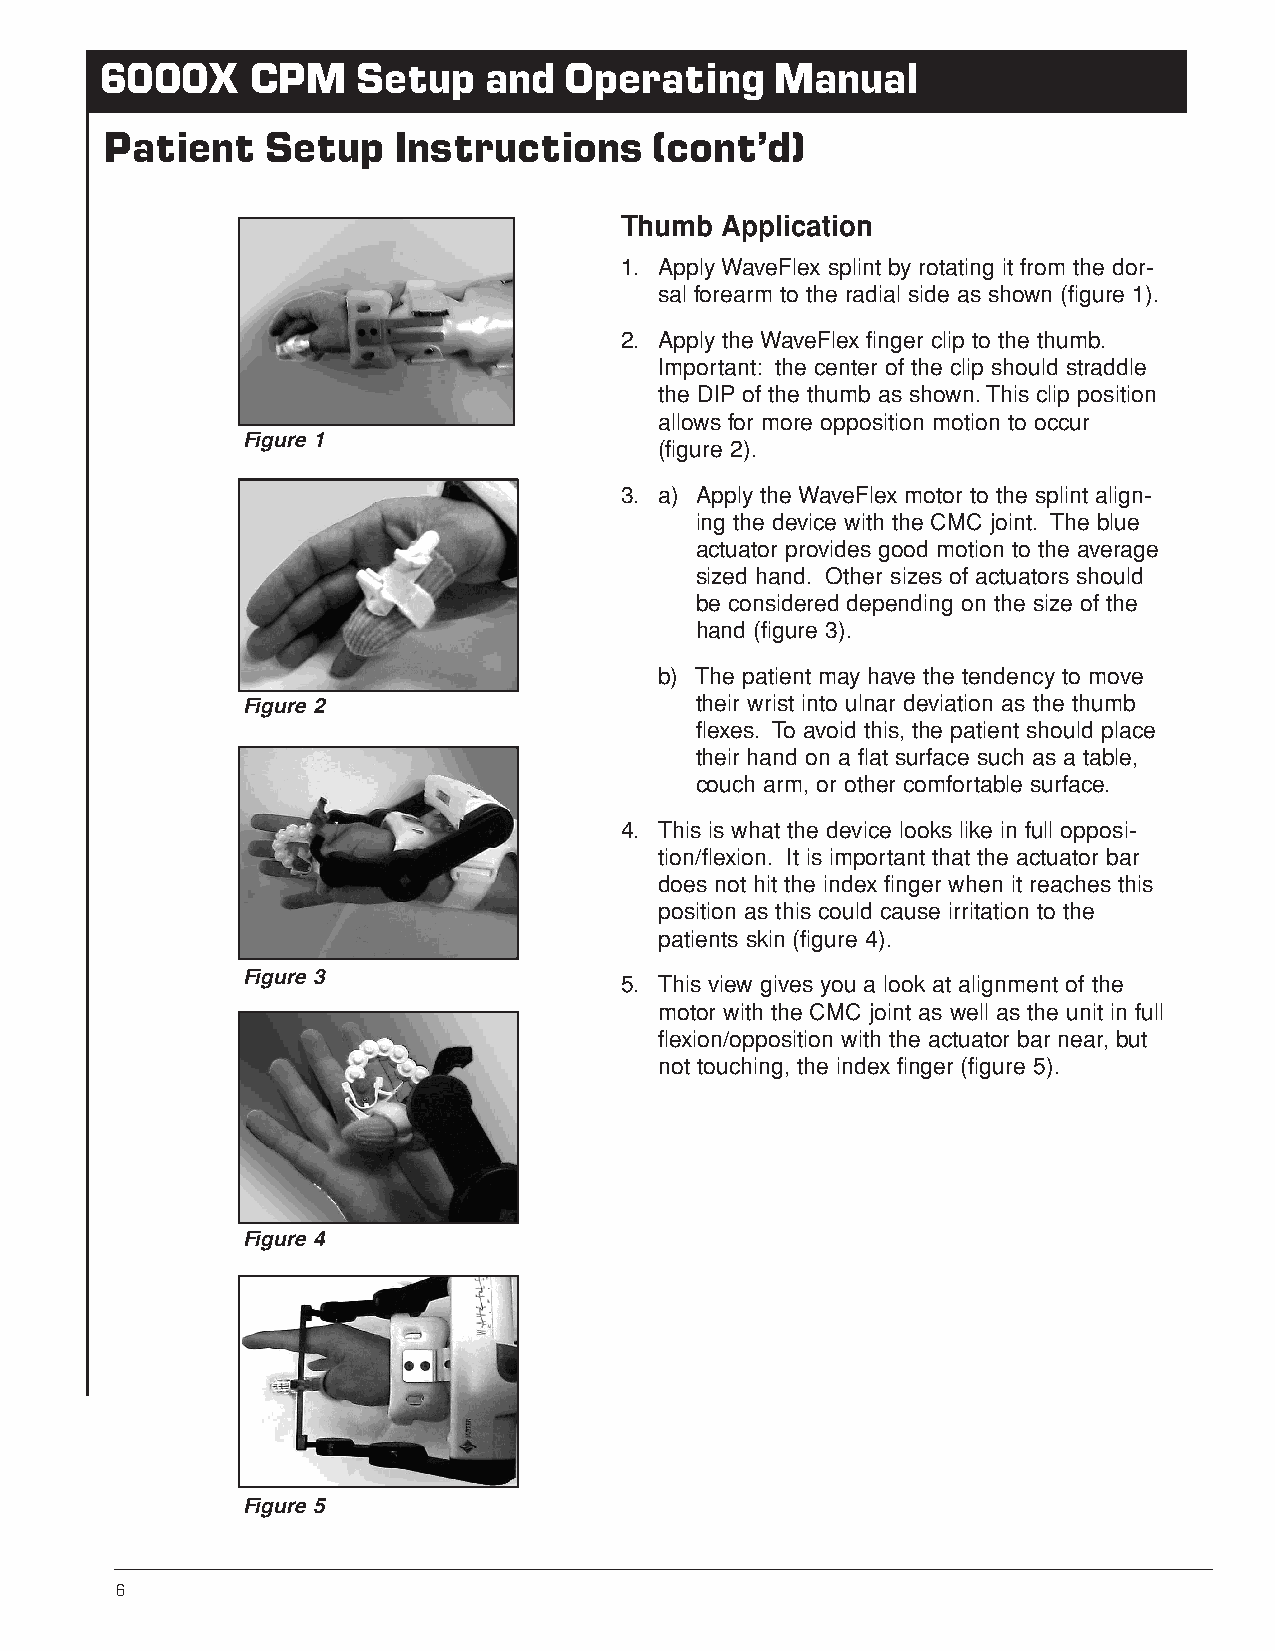
6000X     CPM    Setup   and  Operating     Manual
 Patient    Setup   Instructions     (cont’d)
 Thumb  Application
 1. Apply WaveFlex splint by rotating it from the dor-
 sal forearm to the radial side as shown (figure 1).
 2. Apply the WaveFlex finger clip to the thumb.
 Important: the center of the clip should straddle
 the DIP of the thumb as shown.This clip position
 allows for more opposition motion to occur
 Figure 1
 (figure 2).
 3. a) Apply the WaveFlex motor to the splint align-
 ing the device with the CMC joint. The blue
 actuator provides good motion to the average
 sized hand. Other sizes of actuators should
 be considered depending on the size of the
 hand (figure 3).
 b) The patient may have the tendency to move
 Figure 2                      their wrist into ulnar deviation as the thumb
 flexes. To avoid this, the patient should place
 their hand on a flat surface such as a table,
 couch arm, or other comfortable surface.
 4. This is what the device looks like in full opposi-
 tion/flexion. It is important that the actuator bar
 does not hit the index finger when it reaches this
 position as this could cause irritation to the
 patients skin (figure 4).
 Figure 3
 5. This view gives you a look at alignment of the
 motor with the CMC joint as well as the unit in full
 flexion/opposition with the actuator bar near, but
 not touching, the index finger (figure 5).
 Figure 4
 Figure 5
 6      Customer Service: U.S. 1-800-225-1814 • International Tel: 1-905-420-3303 Fax: 1-905-420-3970 E-mail: customerservice@orthomotion.ca